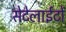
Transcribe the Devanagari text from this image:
सेटेलाईटों